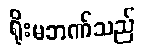
ရိုးမဘဏ်သည်